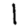
Digit: 1